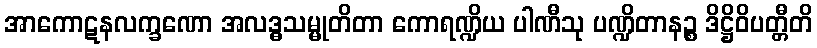
အာကောဋနလက္ခဏော အလဒ္ဓသမ္မုတိတာ ကောရဏ္ဍိယ ပါဏီသု ပဏ္ဍိတာနဉ္စ ဒိဋ္ဌိဝိပတ္တီတိ